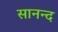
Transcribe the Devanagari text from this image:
सानन्‍द